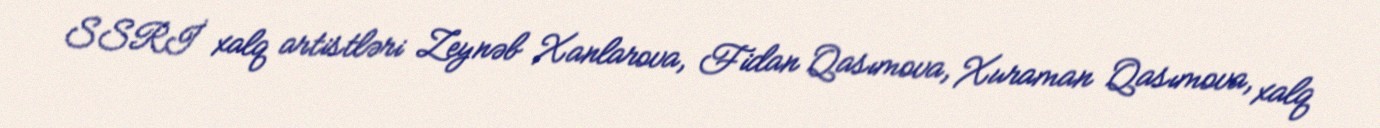
SSRİ xalq artistləri Zeynəb Xanlarova, Fidan Qasımova, Xuraman Qasımova, xalq